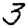
Digit: 3